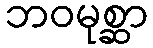
ဘဝမုစ္ဆာ